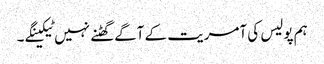
ہم پولیس کی آمریت کے آگے گھٹنے نہیں ٹیکینگے ۔